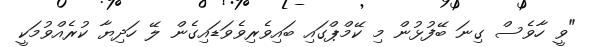
"ވީ ހާވެސް ގިނަ ބޭފުޅުން މި ކޭމްޕްގައި ބައިވެރިވެވަޑައިގެން ލޭ ހަދިޔާ ކުރެއްވުމަކީ